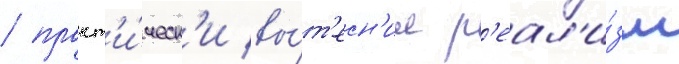
/ практ'и́ческ'и вы́т'есн'ил р'еал'и́зм